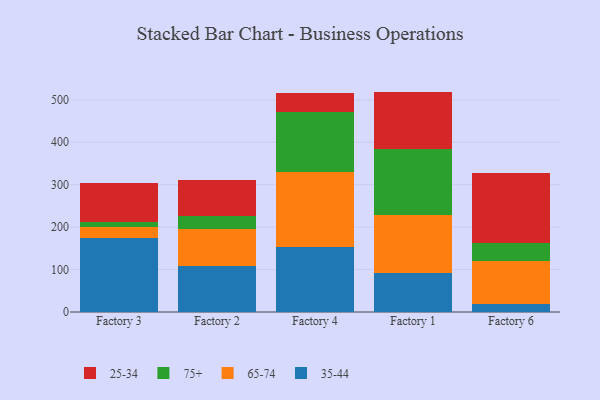
{"axis": {"x": "Factory", "y": "Production Output"}, "legend": ["25-34", "35-44", "65-74", "75+"], "data": [{"x": "Factory 3", "y": 173.7, "type": "35-44"}, {"x": "Factory 3", "y": 26.6, "type": "65-74"}, {"x": "Factory 3", "y": 11.4, "type": "75+"}, {"x": "Factory 3", "y": 92.5, "type": "25-34"}, {"x": "Factory 2", "y": 108.7, "type": "35-44"}, {"x": "Factory 2", "y": 86.9, "type": "65-74"}, {"x": "Factory 2", "y": 31.6, "type": "75+"}, {"x": "Factory 2", "y": 83.9, "type": "25-34"}, {"x": "Factory 4", "y": 152.7, "type": "35-44"}, {"x": "Factory 4", "y": 178.0, "type": "65-74"}, {"x": "Factory 4", "y": 139.5, "type": "75+"}, {"x": "Factory 4", "y": 45.1, "type": "25-34"}, {"x": "Factory 1", "y": 91.7, "type": "35-44"}, {"x": "Factory 1", "y": 136.0, "type": "65-74"}, {"x": "Factory 1", "y": 156.3, "type": "75+"}, {"x": "Factory 1", "y": 135.4, "type": "25-34"}, {"x": "Factory 6", "y": 18.8, "type": "35-44"}, {"x": "Factory 6", "y": 102.1, "type": "65-74"}, {"x": "Factory 6", "y": 41.9, "type": "75+"}, {"x": "Factory 6", "y": 165.6, "type": "25-34"}]}